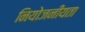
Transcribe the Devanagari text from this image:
नियोजनीयता